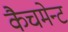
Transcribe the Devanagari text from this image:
कैचमेन्ट